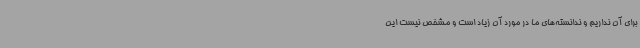
برای آن نداریم و ندانسته‌های ما در مورد آن زیاد است و مشخص نیست این